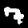
Label: 7